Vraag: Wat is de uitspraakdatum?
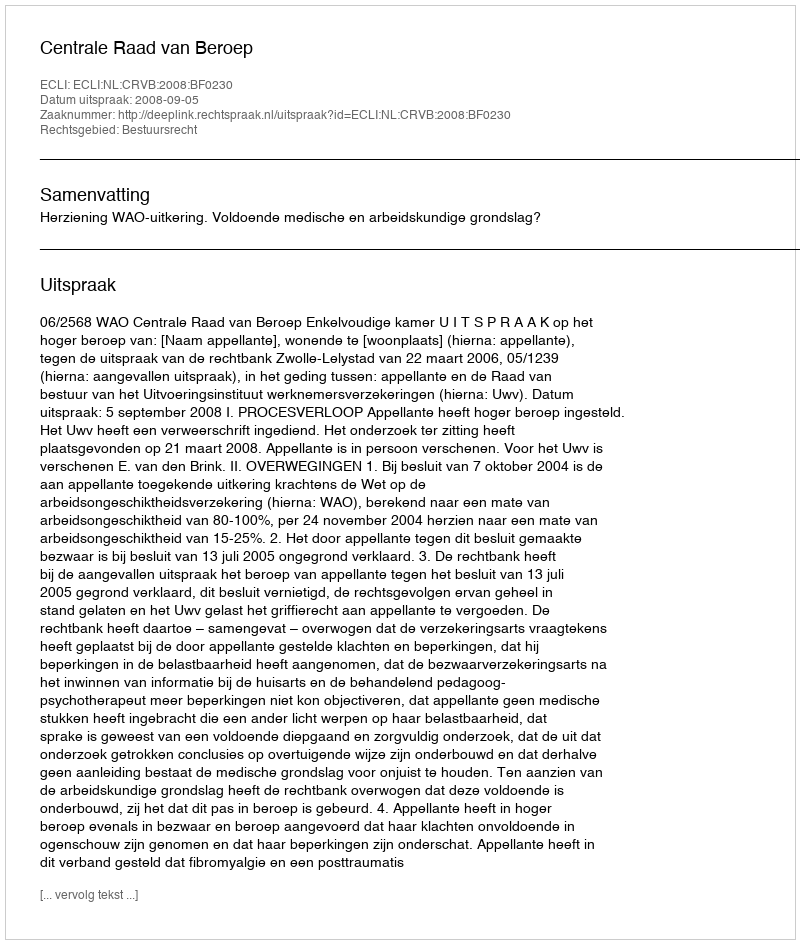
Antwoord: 2008-09-05